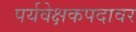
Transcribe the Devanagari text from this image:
पर्यवेक्षकपदावर